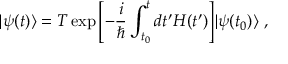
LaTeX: | \psi ( t ) \rangle = T \exp { \left[ - { \frac { i } { \hbar } } \int _ { t _ { 0 } } ^ { t } d t ^ { \prime } H ( t ^ { \prime } ) \right] } | \psi ( t _ { 0 } ) \rangle ~ ,